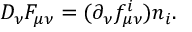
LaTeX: D _ { \nu } F _ { \mu \nu } = ( \partial _ { \nu } f _ { \mu \nu } ^ { i } ) n _ { i } .